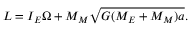
L = I _ { E } \Omega + M _ { M } \sqrt { G ( M _ { E } + M _ { M } ) a } .